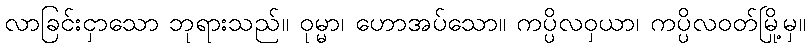
လာခြင်းငှာသော ဘုရားသည်။ ဝုမ္မာ၊ ဟောအပ်သော။ ကပ္ပိလဝှယာ၊ ကပ္ပိလဝတ်မြို့မှ။